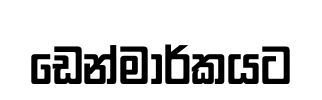
ඩෙන්මාර්කයට